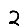
Digit: 2